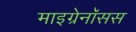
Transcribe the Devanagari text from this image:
माइग्रेनॉसस